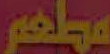
مطعم